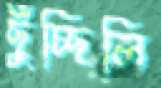
ছুঁচ্ছিলি